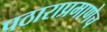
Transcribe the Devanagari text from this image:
पठाराप्रमाणेच